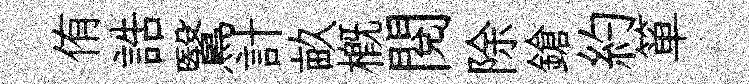
侑誥鷖計畝概閲除鎗約箪